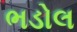
ભડોલ